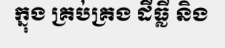
ក្នុង គ្រប់គ្រង ដីធ្លី និង